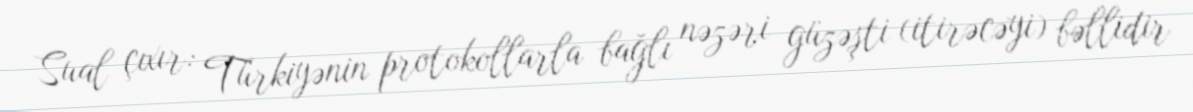
Sual çıxır: Türkiyənin protokollarla bağlı nəzəri güzəşti (itirəcəyi) bəllidir